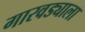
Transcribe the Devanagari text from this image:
गारवड्याला